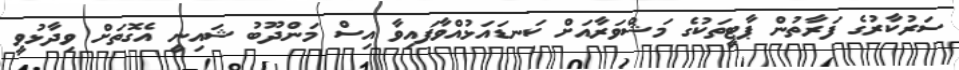
ސަރުކާރުގެ ފަރާތުން ޕާޓީތަކުގެ މަޝްވަރާއަށް ކަނޑައަޅުއްވާފައިވާ އިސް މަންދޫބު ޝައިނީ އެގޮތަށް ވިދާޅުވީ